Indian journal of veterinary science and animal husbandry - Volumes 15-17, 1948-1951
Year: 1948
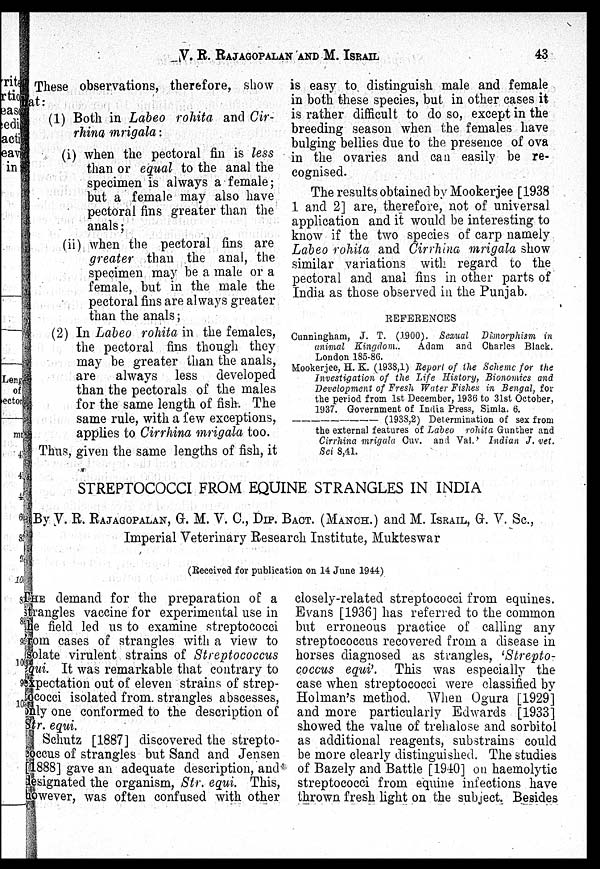
V. R. RAJAGOPALAN AND M.
ISRAIL
43
These observations, therefore, show
at:
(1) Both in Labeo rohita and Cir-
rhina mrigala:
(i) when the pectoral fin is less
than or equal to the anal the
specimen is always a female;
but a female may also have
pectoral fins greater than the
anals;
(ii) when the pectoral fins are
greater than the anal, the
specimen may be a male or a
female, but in the male the
pectoral fins are always greater
than the anals;
(2) In Labeo rohita in the females,
the pectoral fins though they
may be greater than the anals,
are
always less developed
than the pectorals of the males
for the same length of fish. The
same rule, with a few exceptions,
applies to Cirrhina mrigala too.
Thus, given the same lengths of fish, it
is easy to distinguish male and female
in both these species, but in other cases it
is rather difficult to do so, except in the
breeding season when the females have
bulging bellies due to the presence of ova
in the ovaries and can easily be re-
cognised.
The results obtained by Mookerjee [1938
1 and 2] are, therefore, not of universal
application and it would be interesting to
know if the two species of carp namely
Labeo rohita and Cirrhina mrigala show
similar variations with regard to the
pectoral and anal fins in other parts of
India as those observed in the Punjab.
REFERENCES
Cunningham, J. T. (1900). Sexual Dimorphism in
animal Kingdom..
Adam and Charles Black.
London 185-86.
Mookerjee, H. K. (1938,1) Report of the Scheme for the
Investigation of the Life History, Bionomics and
Development of Fresh Water Fishes in Bengal, for
the period from 1st December, 1936 to 31st October,
1937. Government of India Press, Simla. 6.
——
(1938,2) Determination of sex from
the external features of Labeo rohita Gunther and
Cirrhina mrigala Cuv. and Val.' Indian J, vet.
Sci 8,41.
STREPTOCOCCI FROM EQUINE STRANGLES IN INDIA
By V. R. RAJAGOPALAN, G. M. V. C., DIP. BACT. (MANCH.) and M. ISRAIL, G. V. Sc.,
Imperial Veterinary Research Institute, Mukteswar
(Received for publication on 14 June 1944)
THE demand for the preparation of a
strangles vaccine for experimental use in
the field led us to examine streptococci
from cases of strangles with a view to
solate virulent strains of Streptococcus
equi. It was remarkable that contrary to
expectation out of eleven strains of strep-
tococci isolated from strangles abscesses,
only one conformed to the description of
Str. equi.
Schutz [1887] discovered the strepto-
coccus of strangles but Sand and Jensen
[1888] gave an adequate description, and
designated the organism, Str. equi This,
however, was often confused with other
closely-related streptococci from equines.
Evans [1936] has referred to the common
but erroneous practice of calling any
streptococcus recovered from a disease in
horses diagnosed as strangles, 'Strepto-
coccus equi'. This was especially the
case when streptococci were classified by
Holman's method. When Ogura [1929]
and more particularly Edwards [1933]
showed the value of trehalose and sorbitol
as additional reagents, substrains could
be more clearly distinguished. The studies
of Bazely and Battle [1940] on haemolytic
streptococci from equine infections have
thrown fresh light on the subject. Besides